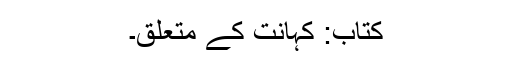
کتاب: کہانت کے متعلق۔